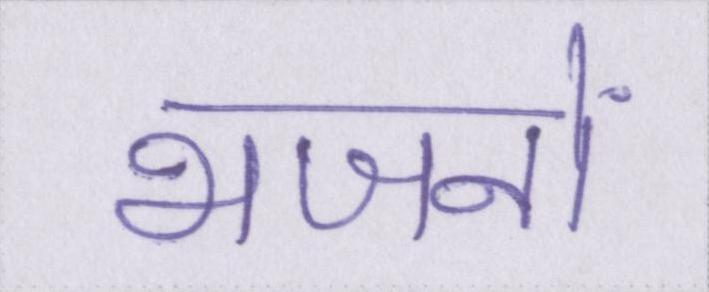
भजनों